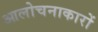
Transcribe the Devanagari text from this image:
आलोचनाकारों